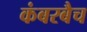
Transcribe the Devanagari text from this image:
कंबरबैच